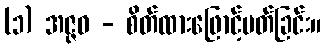
(၁) အဇ္ဇဝ - စိတ်ထားဖြောင့်မတ်ခြင်း။